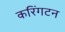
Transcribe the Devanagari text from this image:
करिंगटन